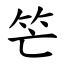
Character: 笀